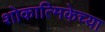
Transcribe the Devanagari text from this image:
शोकात्मिकेच्या